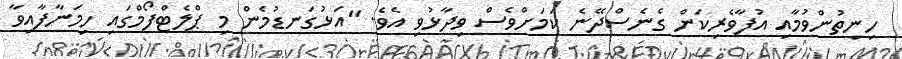
ހިނިތުންވުމާއި އުފާވެރިކަން ގެނެސްދޭނެ ކަމަށްވެސް ވިދާޅުވި އެވެ. "އަޅުގަނޑުމެން މި ޕްލެޓްފޯމްގައި ހިމަނާފާއިވާ